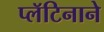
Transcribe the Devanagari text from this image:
प्लॅटिनाने